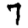
Digit: 7